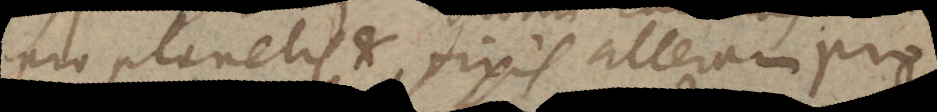
pro planetis et fixis alteram pro